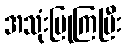
အသုံးပြုကြပြီး